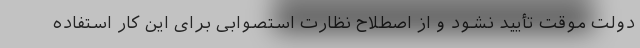
دولت موقت تأیید نشود و از اصطلاح نظارت استصوابی برای این کار استفاده